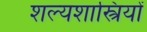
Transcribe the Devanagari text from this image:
शल्यशास्त्रियों